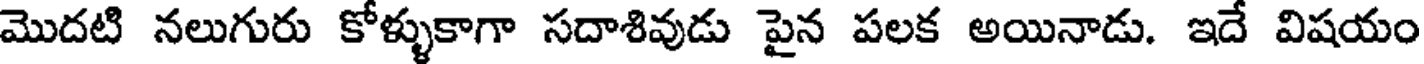
మొదటి నలుగురు కోళ్ళుకాగా సదాశివుడు పైన పలక అయినాడు. ఇదే విషయం